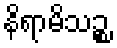
နိရာမိသဉ္စ